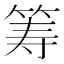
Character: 筹